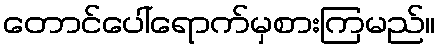
တောင်ပေါ်ရောက်မှစားကြမည်။